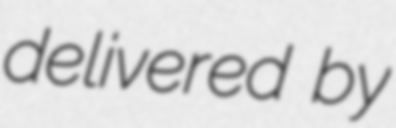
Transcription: delivered by